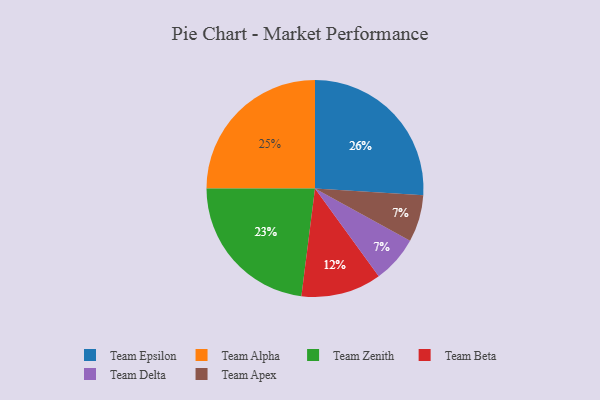
{"axis": {"x": "Category", "y": "Percentage"}, "legend": ["Team Alpha", "Team Apex", "Team Beta", "Team Delta", "Team Epsilon", "Team Zenith"], "data": [{"x": "Team Epsilon", "y": 26, "type": "Team Epsilon"}, {"x": "Team Alpha", "y": 25, "type": "Team Alpha"}, {"x": "Team Beta", "y": 12, "type": "Team Beta"}, {"x": "Team Delta", "y": 7, "type": "Team Delta"}, {"x": "Team Zenith", "y": 23, "type": "Team Zenith"}, {"x": "Team Apex", "y": 7, "type": "Team Apex"}]}